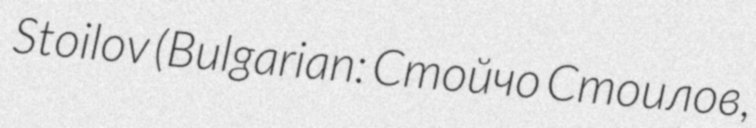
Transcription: Stoilov (Bulgarian: Стойчо Стоилов,